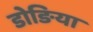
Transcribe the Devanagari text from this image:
डोङिया